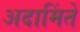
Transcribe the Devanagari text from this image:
अदामिंते